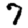
Digit: 7